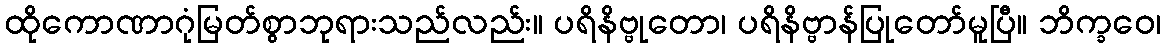
ထိုကောဏာဂုံမြတ်စွာဘုရားသည်လည်း။ ပရိနိဗ္ဗုတော၊ ပရိနိဗ္ဗာန်ပြုတော်မူပြီ။ ဘိက္ခဝေ၊